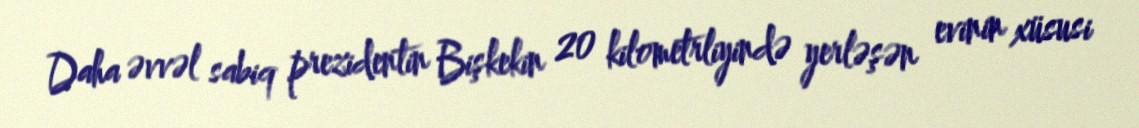
Daha əvvəl sabiq prezidentin Bişkekin 20 kilometrliyində yerləşən evinin xüsusi